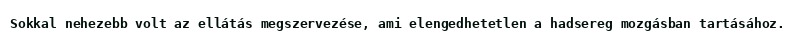
Sokkal nehezebb volt az ellátás megszervezése, ami elengedhetetlen a hadsereg mozgásban tartásához.